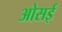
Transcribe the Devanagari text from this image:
ओसई